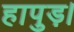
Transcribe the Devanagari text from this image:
हापुड़।